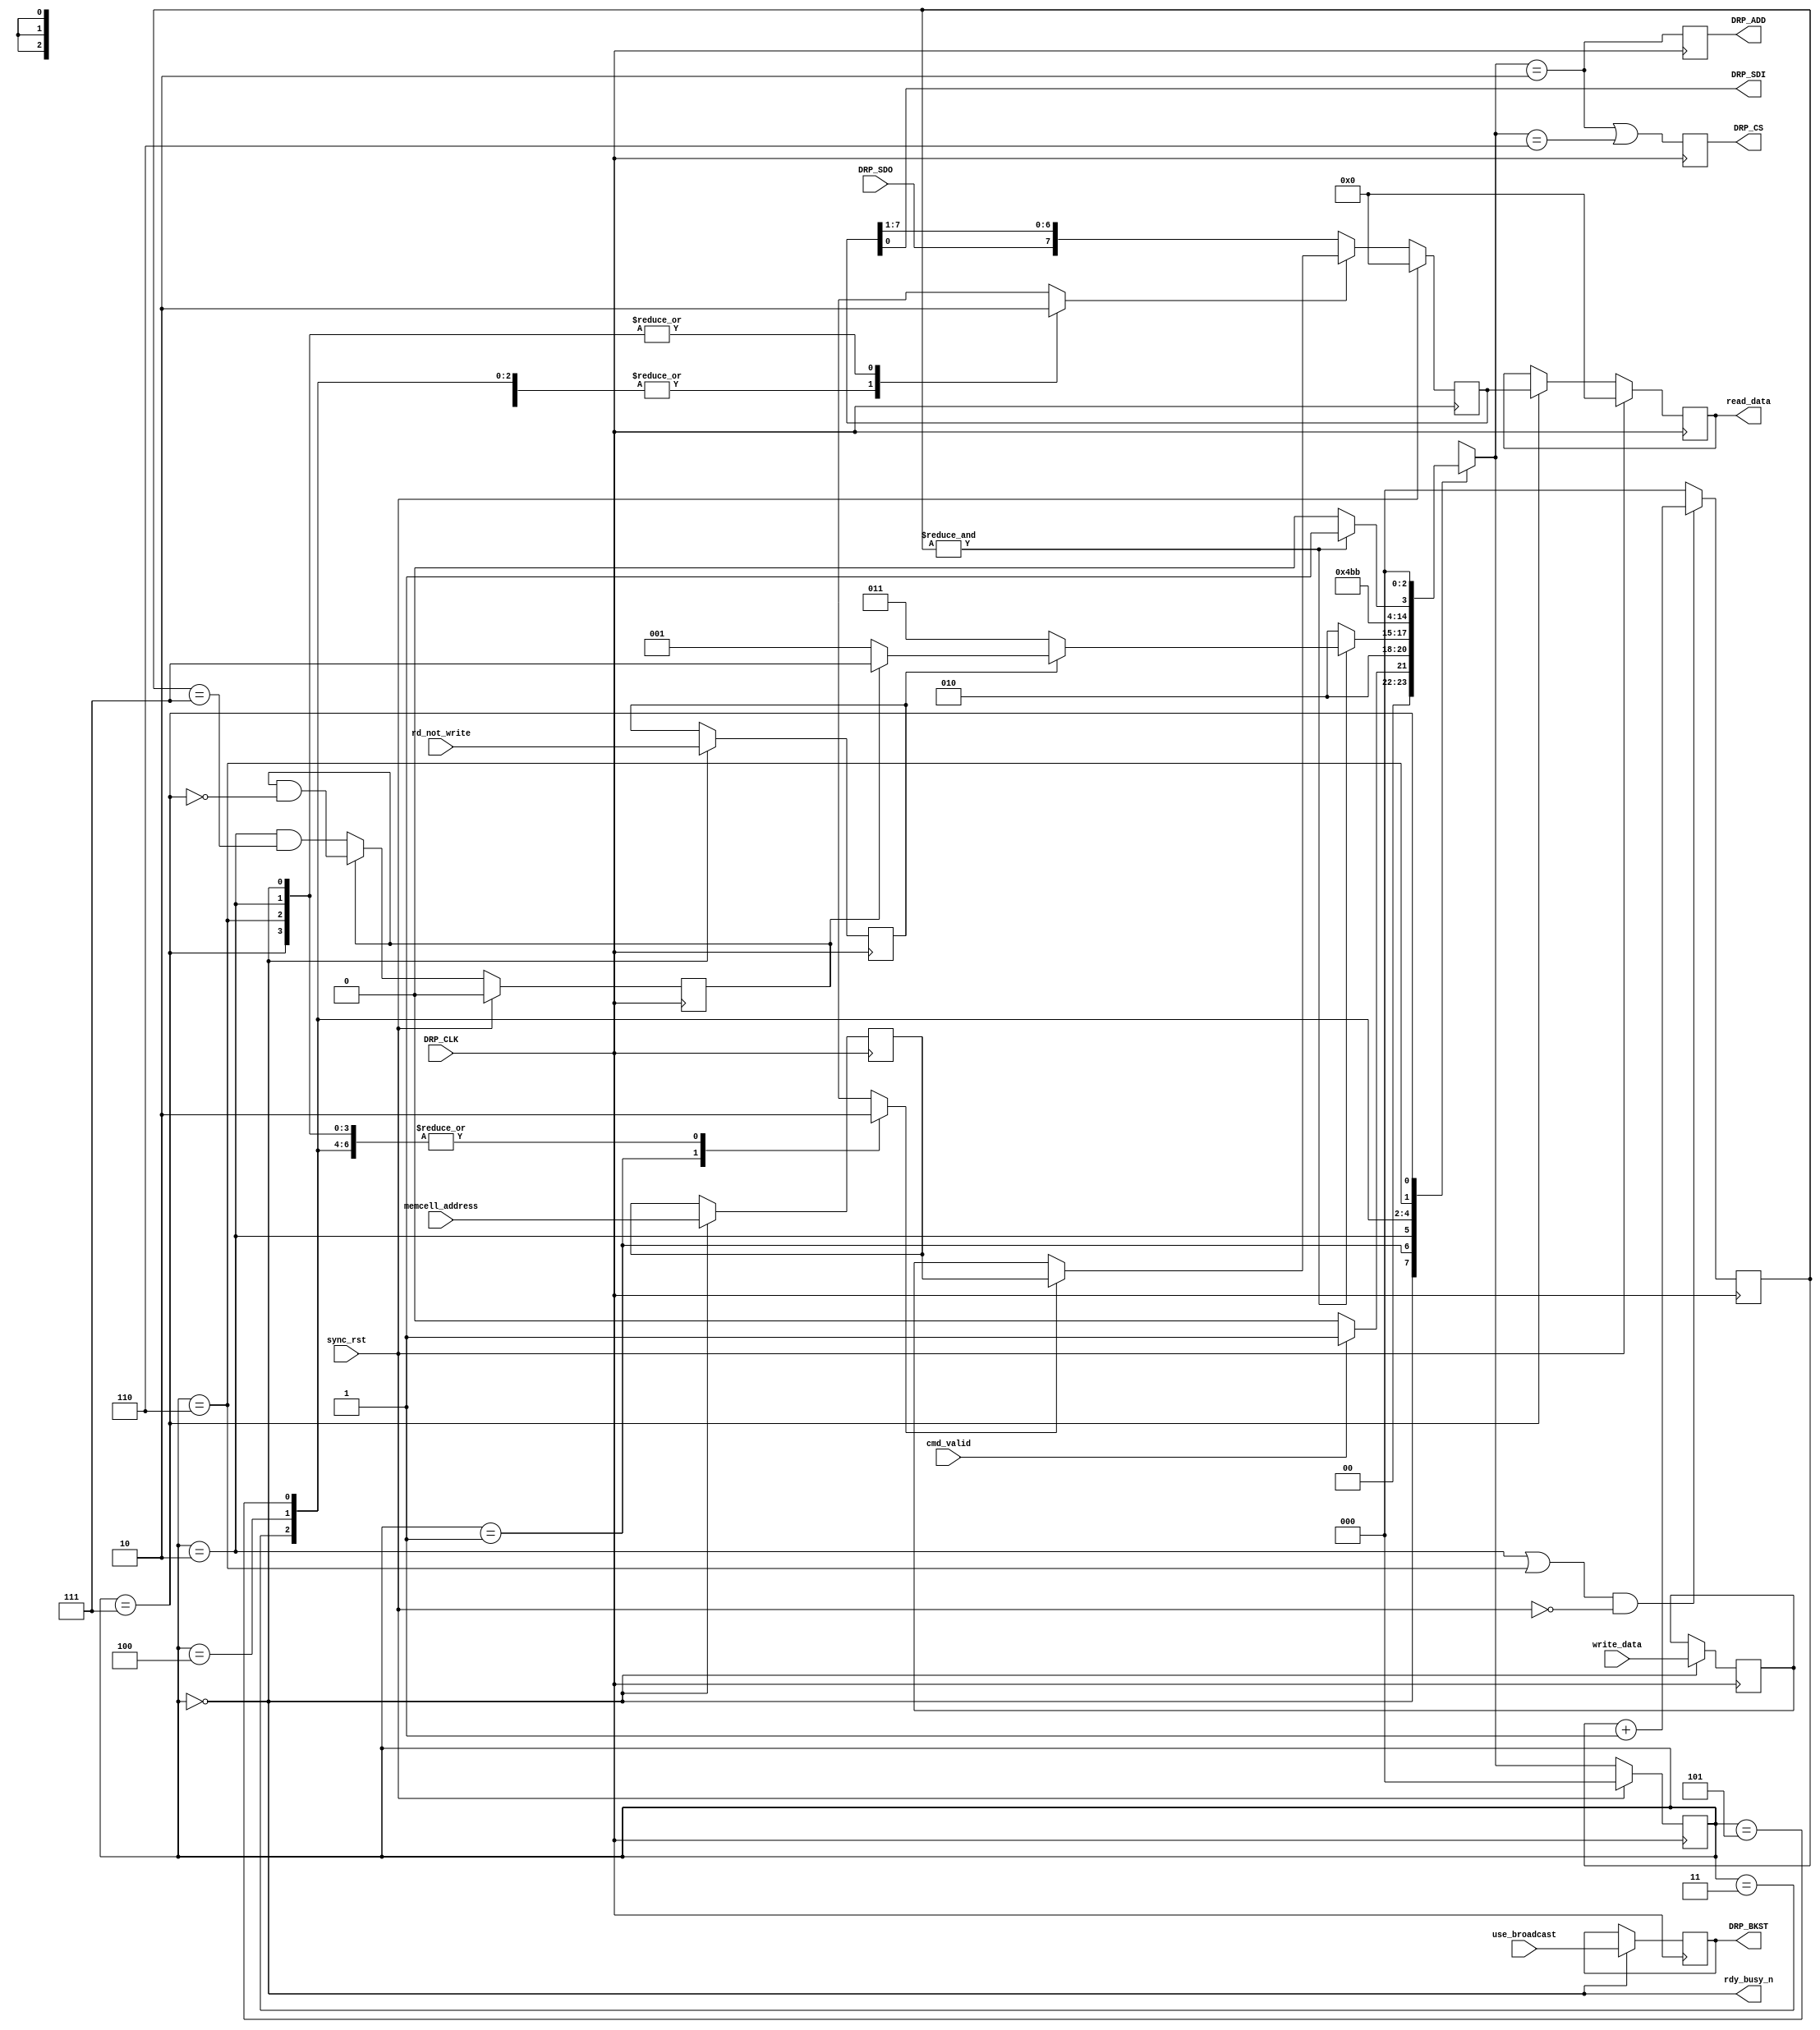
//*****************************************************************************
// (c) Copyright 2009 Xilinx, Inc. All rights reserved.
//
// This file contains confidential and proprietary information
// of Xilinx, Inc. and is protected under U.S. and
// international copyright and other intellectual property
// laws.
//
// DISCLAIMER
// This disclaimer is not a license and does not grant any
// rights to the materials distributed herewith. Except as
// otherwise provided in a valid license issued to you by
// Xilinx, and to the maximum extent permitted by applicable
// law: (1) THESE MATERIALS ARE MADE AVAILABLE "AS IS" AND
// WITH ALL FAULTS, AND XILINX HEREBY DISCLAIMS ALL WARRANTIES
// AND CONDITIONS, EXPRESS, IMPLIED, OR STATUTORY, INCLUDING
// BUT NOT LIMITED TO WARRANTIES OF MERCHANTABILITY, NON-
// INFRINGEMENT, OR FITNESS FOR ANY PARTICULAR PURPOSE; and
// (2) Xilinx shall not be liable (whether in contract or tort,
// including negligence, or under any other theory of
// liability) for any loss or damage of any kind or nature
// related to, arising under or in connection with these
// materials, including for any direct, or any indirect,
// special, incidental, or consequential loss or damage
// (including loss of data, profits, goodwill, or any type of
// loss or damage suffered as a result of any action brought
// by a third party) even if such damage or loss was
// reasonably foreseeable or Xilinx had been advised of the
// possibility of the same.
//
// CRITICAL APPLICATIONS
// Xilinx products are not designed or intended to be fail-
// safe, or for use in any application requiring fail-safe
// performance, such as life-support or safety devices or
// systems, Class III medical devices, nuclear facilities,
// applications related to the deployment of airbags, or any
// other applications that could lead to death, personal
// injury, or severe property or environmental damage
// (individually and collectively, "Critical
// Applications"). Customer assumes the sole risk and
// liability of any use of Xilinx products in Critical
// Applications, subject only to applicable laws and
// regulations governing limitations on product liability.
//
// THIS COPYRIGHT NOTICE AND DISCLAIMER MUST BE RETAINED AS
// PART OF THIS FILE AT ALL TIMES.
//
//*****************************************************************************
//   ____  ____
//  /   /\/   /
// /___/  \  /    Vendor: Xilinx
// \   \   \/     Version: %version
//  \   \         Application: MIG
//  /   /         Filename: iodrp_controller.v
// /___/   /\     Date Last Modified: $Date: 2010/11/26 18:25:50 $
// \   \  /  \    Date Created: Mon Feb 9 2009
//  \___\/\___\
//
//Device: Spartan6
//Design Name: DDR/DDR2/DDR3/LPDDR
//Purpose:  Xilinx reference design for IODRP controller for v0.9 device
//
//Reference:
//
//    Revision: Date:       Comment
//    1.0:      02/06/09:   Initial version for MIG wrapper.
//    1.1:      02/01/09:   updates to indentations.
//    1.2:      02/12/09:   changed non-blocking assignments to blocking ones
//                          for state machine always block.  Also, assigned
//                          intial value to load_shift_n to avoid latch
// End Revision
//*******************************************************************************

`timescale 1ps/1ps

module iodrp_controller(
  input   wire  [7:0] memcell_address,
  input   wire  [7:0] write_data,
  output  reg   [7:0] read_data,
  input   wire        rd_not_write,
  input   wire        cmd_valid,
  output  wire        rdy_busy_n,
  input   wire        use_broadcast,
  input   wire        sync_rst,
  input   wire        DRP_CLK,
  output  reg         DRP_CS,
  output  wire        DRP_SDI,  //output to IODRP SDI pin
  output  reg         DRP_ADD,
  output  reg         DRP_BKST,
  input   wire        DRP_SDO   //input from IODRP SDO pin
  );

  reg   [7:0]   memcell_addr_reg;     // Register where memcell_address is captured during the READY state
  reg   [7:0]   data_reg;             // Register which stores the write data until it is ready to be shifted out
  reg   [7:0]   shift_through_reg;    // The shift register which shifts out SDO and shifts in SDI.
                                      // This register is loaded before the address or data phase, but continues
                                      // to shift for a writeback of read data
  reg           load_shift_n;         // The signal which causes shift_through_reg to load the new value from data_out_mux, or continue to shift data in from DRP_SDO
  reg           addr_data_sel_n;      // The signal which indicates where the shift_through_reg should load from.  0 -> data_reg  1 -> memcell_addr_reg
  reg   [2:0]   bit_cnt;              // The counter for which bit is being shifted during address or data phase
  reg           rd_not_write_reg;
  reg           AddressPhase;         // This is set after the first address phase has executed
  reg           capture_read_data;

  (* FSM_ENCODING="one-hot" *) reg [2:0] state, nextstate;

  wire  [7:0]   data_out_mux;         // The mux which selects between data_reg and memcell_addr_reg for sending to shift_through_reg
  wire          DRP_SDI_pre;          // added so that DRP_SDI output is only active when DRP_CS is active

  localparam  READY             = 3'h0;
  localparam  DECIDE            = 3'h1;
  localparam  ADDR_PHASE        = 3'h2;
  localparam  ADDR_TO_DATA_GAP  = 3'h3;
  localparam  ADDR_TO_DATA_GAP2 = 3'h4;
  localparam  ADDR_TO_DATA_GAP3 = 3'h5;
  localparam  DATA_PHASE        = 3'h6;
  localparam  ALMOST_READY      = 3'h7;

  localparam  IOI_DQ0           = 5'h01;
  localparam  IOI_DQ1           = 5'h00;
  localparam  IOI_DQ2           = 5'h03;
  localparam  IOI_DQ3           = 5'h02;
  localparam  IOI_DQ4           = 5'h05;
  localparam  IOI_DQ5           = 5'h04;
  localparam  IOI_DQ6           = 5'h07;
  localparam  IOI_DQ7           = 5'h06;
  localparam  IOI_DQ8           = 5'h09;
  localparam  IOI_DQ9           = 5'h08;
  localparam  IOI_DQ10          = 5'h0B;
  localparam  IOI_DQ11          = 5'h0A;
  localparam  IOI_DQ12          = 5'h0D;
  localparam  IOI_DQ13          = 5'h0C;
  localparam  IOI_DQ14          = 5'h0F;
  localparam  IOI_DQ15          = 5'h0E;
  localparam  IOI_UDQS_CLK      = 5'h1D;
  localparam  IOI_UDQS_PIN      = 5'h1C;
  localparam  IOI_LDQS_CLK      = 5'h1F;
  localparam  IOI_LDQS_PIN      = 5'h1E;
  //synthesis translate_off
  reg   [32*8-1:0]  state_ascii;
  always @ (state) begin
    case (state)
      READY             :state_ascii  <= "READY";
      DECIDE            :state_ascii  <= "DECIDE";
      ADDR_PHASE        :state_ascii  <= "ADDR_PHASE";
      ADDR_TO_DATA_GAP  :state_ascii  <= "ADDR_TO_DATA_GAP";
      ADDR_TO_DATA_GAP2 :state_ascii  <= "ADDR_TO_DATA_GAP2";
      ADDR_TO_DATA_GAP3 :state_ascii  <= "ADDR_TO_DATA_GAP3";
      DATA_PHASE        :state_ascii  <= "DATA_PHASE";
      ALMOST_READY      :state_ascii  <= "ALMOST_READY";
    endcase // case(state)
  end
  //synthesis translate_on
  /*********************************************
   *   Input Registers
   *********************************************/
  always @ (posedge DRP_CLK) begin
     if(state == READY) begin
       memcell_addr_reg <= memcell_address;
       data_reg <= write_data;
       rd_not_write_reg <= rd_not_write;
     end
  end

  assign rdy_busy_n = (state == READY);


  /*********************************************
   *   Shift Registers / Bit Counter
   *********************************************/
  assign data_out_mux = addr_data_sel_n ? memcell_addr_reg : data_reg;

  always @ (posedge DRP_CLK) begin
    if(sync_rst)
      shift_through_reg <= 8'b0;
    else begin
      if (load_shift_n)     //Assume the shifter is either loading or shifting, bit 0 is shifted out first
        shift_through_reg <= data_out_mux;
      else
        shift_through_reg <= {DRP_SDO, shift_through_reg[7:1]};
    end
  end

  always @ (posedge DRP_CLK) begin
    if (((state == ADDR_PHASE) | (state == DATA_PHASE)) & !sync_rst)
      bit_cnt <= bit_cnt + 1;
    else
      bit_cnt <= 3'b000;
  end

  always @ (posedge DRP_CLK) begin
    if(sync_rst) begin
      read_data   <= 8'h00;
//     capture_read_data <= 1'b0;
    end
    else begin
//       capture_read_data <= (state == DATA_PHASE);
//       if(capture_read_data)
      if(state == ALMOST_READY)
        read_data <= shift_through_reg;
//      else
//        read_data <= read_data;
    end
  end

  always @ (posedge DRP_CLK) begin
    if(sync_rst) begin
      AddressPhase  <= 1'b0;
    end
    else begin
      if (AddressPhase) begin
        // Keep it set until we finish the cycle
        AddressPhase <= AddressPhase && ~(state == ALMOST_READY);
      end
      else begin
        // set the address phase when ever we finish the address phase
        AddressPhase <= (state == ADDR_PHASE) && (bit_cnt == 3'b111);
      end
    end
  end

  /*********************************************
   *   DRP Signals
   *********************************************/
  always @ (posedge DRP_CLK) begin
    DRP_ADD     <= (nextstate == ADDR_PHASE);
    DRP_CS      <= (nextstate == ADDR_PHASE) | (nextstate == DATA_PHASE);
    if (state == READY)
      DRP_BKST  <= use_broadcast;
  end

//  assign DRP_SDI_pre  = (DRP_CS)? shift_through_reg[0] : 1'b0;  //if DRP_CS is inactive, just drive 0 out - this is a possible place to pipeline for increased performance
//  assign DRP_SDI      = (rd_not_write_reg & DRP_CS & !DRP_ADD)? DRP_SDO : DRP_SDI_pre; //If reading, then feed SDI back out SDO - this is a possible place to pipeline for increased performance
  assign DRP_SDI = shift_through_reg[0]; // The new read method only requires that we shift out the address and the write data

  /*********************************************
   *   State Machine
   *********************************************/
  always @ (*) begin
    addr_data_sel_n = 1'b0;
    load_shift_n    = 1'b0;
    case (state)
      READY:  begin
        if(cmd_valid)
          nextstate   = DECIDE;
        else
          nextstate   = READY;
      end
      DECIDE: begin
        load_shift_n    = 1;
        addr_data_sel_n = 1;
        nextstate       = ADDR_PHASE;
      end
      ADDR_PHASE: begin
        if(&bit_cnt)
          if (rd_not_write_reg)
            if (AddressPhase)
              // After the second pass go to end of statemachine
              nextstate = ALMOST_READY;
            else
              // execute a second address phase for the read access.
              nextstate = DECIDE;
          else
            nextstate = ADDR_TO_DATA_GAP;
        else
          nextstate   = ADDR_PHASE;
      end
      ADDR_TO_DATA_GAP: begin
        load_shift_n  = 1;
        nextstate     = ADDR_TO_DATA_GAP2;
      end
      ADDR_TO_DATA_GAP2: begin
        load_shift_n  = 1;
        nextstate     = ADDR_TO_DATA_GAP3;
      end
      ADDR_TO_DATA_GAP3: begin
        load_shift_n  = 1;
        nextstate     = DATA_PHASE;
      end
      DATA_PHASE: begin
        if(&bit_cnt)
          nextstate   = ALMOST_READY;
        else
          nextstate   = DATA_PHASE;
      end
      ALMOST_READY: begin
        nextstate     = READY;
      end
      default: begin
        nextstate     = READY;
      end
    endcase
  end

  always @ (posedge DRP_CLK) begin
    if(sync_rst)
      state <= READY;
    else
      state <= nextstate;
  end

endmodule